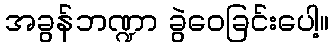
အခွန်ဘဏ္ဍာ ခွဲဝေခြင်းပေါ့။